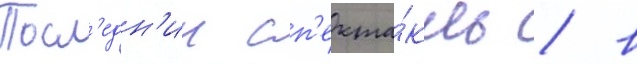
Посл'едн'ии сп'екта́кль / в